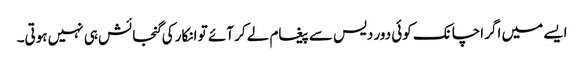
ایسے میں اگر اچانک کوئی دور دیس سے پیغام لے کر آئے تو انکار کی گنجائش ہی نہیں ہوتی۔